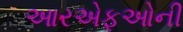
આરએફઓની